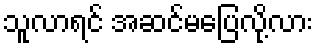
သူလာရင် အဆင်မပြေလို့လား